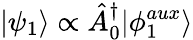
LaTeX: |\psi_{1}\rangle\propto\hat{A}_{0}^{\dagger}|\phi_{1}^{aux}\rangle